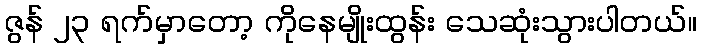
ဇွန် ၂၃ ရက်မှာတော့ ကိုနေမျိုးထွန်း သေဆုံးသွားပါတယ်။